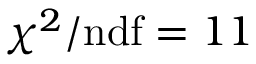
\chi ^ { 2 } / \mathrm { n d f } = 1 1